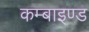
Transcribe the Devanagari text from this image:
कम्बाइण्ड